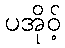
ပအိုဝ့်